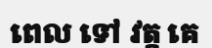
ពេល ទៅ វត្ត គេ